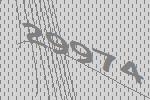
29974